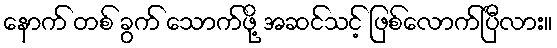
နောက် တစ် ခွက် သောက်ဖို့ အဆင်သင့် ဖြစ်လောက်ပြီလား။